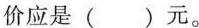
价应是( )元。